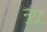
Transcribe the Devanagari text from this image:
नुगू